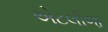
એટલીજ